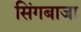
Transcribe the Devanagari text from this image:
सिंगबाजा